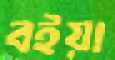
বইয়া